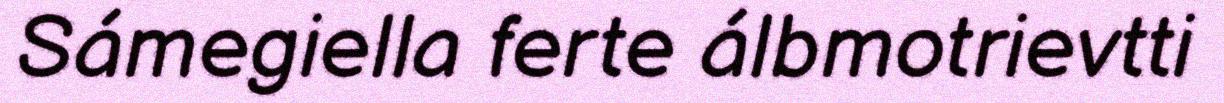
Sámegiella ferte álbmotrievtti